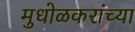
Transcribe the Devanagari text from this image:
मुधोळकरांच्या